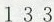
1 3 3